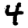
Digit: 4